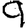
Digit: 9